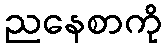
ညနေစာကို